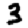
Digit: 3